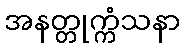
အနတ္တုက္ကံသနာ